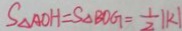
S _ { \Delta A O H } = S _ { \Delta B O G } = \frac { 1 } { 2 } \vert k \vert